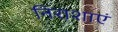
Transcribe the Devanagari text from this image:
निराशाएं